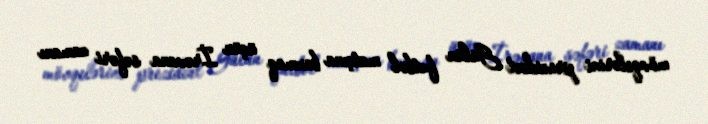
mövqelərini prezident Gülün futbol matçına baxmaq üçün İrəvana səfəri zamanı